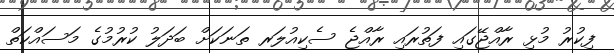
ފިކުރު މުޅި ރާއްޖޭގައި ފަތުރައި ރާއްޖެ ސެކިއުލަރ ތަނަކަށް ބަދަލު ކުރުމުގެ މަސައްކަތް